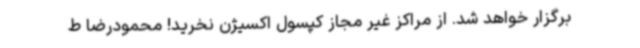
برگزار خواهد شد. از مراکز غیر مجاز کپسول اکسیژن نخرید! محمودرضا ط